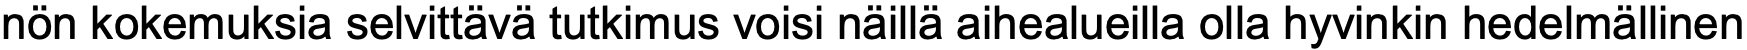
nön kokemuksia selvittävä tutkimus voisi näillä aihealueilla olla hyvinkin hedelmällinen